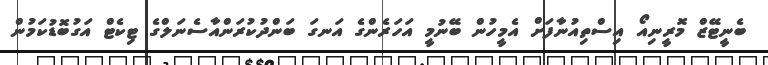
ބެނީޓޭޒް މޮރީނިއޯ އިސްތިއުނާފަށް އެމީހުން ބޭނުމީ އަހަރެންގެ އަނގަ ބަންދުކުރަންއާސެނަލްގެ ޓިކެޓް އަގުބޮޑުކަމުން